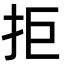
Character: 拒